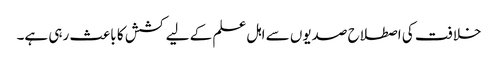
خلافت کی اصطلاح صدیوں سے اہل علم کے لیے کشش کا باعث رہی ہے۔